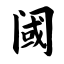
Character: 阈